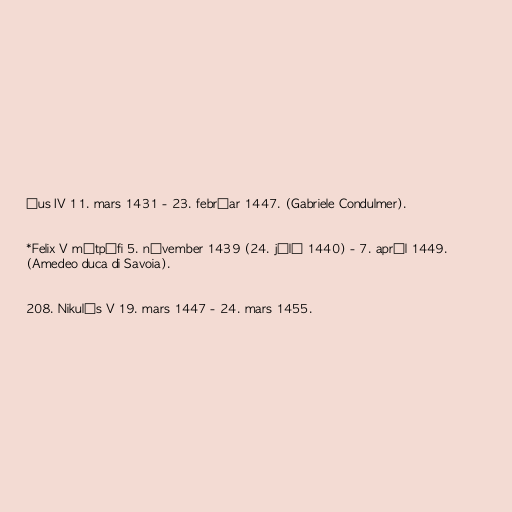
íus IV 11. mars 1431 - 23. febrúar 1447. (Gabriele Condulmer).

*Felix V mótpáfi 5. nóvember 1439 (24. júlí 1440) - 7. apríl 1449.
(Amedeo duca di Savoia).

208. Nikulás V 19. mars 1447 - 24. mars 1455.